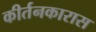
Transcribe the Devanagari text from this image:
कीर्तनकारास